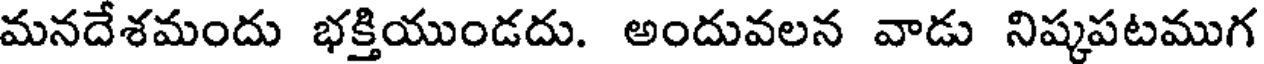
మనదేశమందు భక్తియుండదు. అందువలన వాడు నిష్కపటముగ